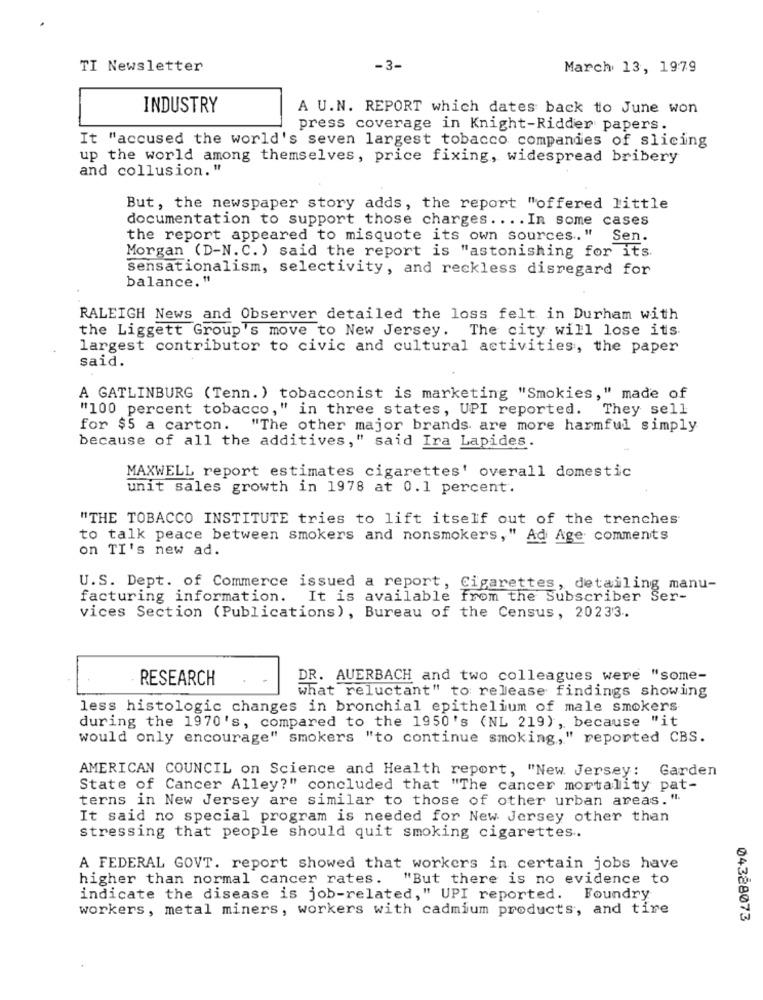
TI Newsletter
-3-
March 13, 1979
INDUSTRY
A U.N. REPORT which dates back to June won
press coverage in Knight-Ridder papers.
It "accused the world's seven largest tobacco companies of slicing
up the world among themselves, price fixing, widespread bribery
and collusion. "
But, the newspaper story adds, the report "offered little
documentation to support those charges ... . In some cases
the report appeared to misquote its own sources .. "
Sen.
Morgan (D-N.C. ) said the report is "astonishing for its
sensationalism, selectivity, and reckless disregard for
balance."
RALEIGH News and Observer detailed the loss felt in Durham with
the Liggett Group's move to New Jersey. The city will lose its
largest contributor to civic and cultural activities, the paper
said.
A GATLINBURG (Tenn.) tobacconist is marketing "Smokies," made of
"100 percent tobacco," in three states, UPI reported. They sell
for $5 a carton. "The other major brands are more harmful simply
because of all the additives," said Ira Lapides.
MAXWELL report estimates cigarettes' overall domestic
unit sales growth in 1978 at 0.1 percent.
"THE TOBACCO INSTITUTE tries to lift itself out of the trenches
to talk peace between smokers and nonsmokers," Ad Age comments
on TI's new ad.
U.S. Dept. of Commerce issued a report, Cigarettes, detailing manu-
facturing information. It is available from the Subscriber Ser-
vices Section (Publications), Bureau of the Census, 20233.
RESEARCH
DR. AUERBACH and two colleagues were "some-
what reluctant" to release findings showing
less histologic changes in bronchial epithelium of male smokers
during the 1970's, compared to the 1950's (NL 219), because "it
would only encourage" smokers "to continue smoking,"
." reported CBS.
AMERICAN COUNCIL on Science and Health report, "New Jersey: Garden
State of Cancer Alley?" concluded that "The cancer mortality pat-
terns in New Jersey are similar to those of other urban areas."
It said no special program is needed for New Jersey other than
stressing that people should quit smoking cigarettes.
A FEDERAL GOVT. report showed that workers in certain jobs have
higher than normal cancer rates. "But there is no evidence to
indicate the disease is job-related," UPI reported. Foundry
workers, metal miners, workers with cadmium products, and tire
04328073